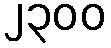
၂၃၀၀